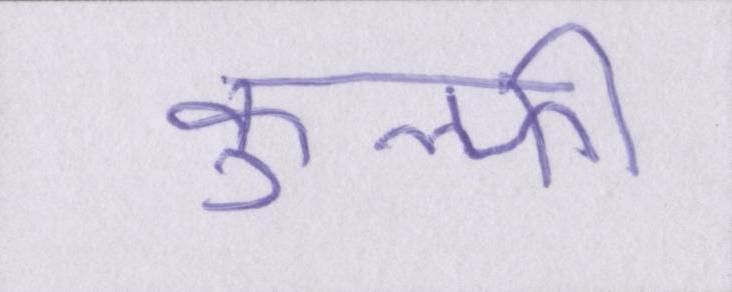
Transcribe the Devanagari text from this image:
कुल्फी